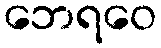
ဘေရဝေ